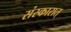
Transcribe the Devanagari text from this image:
संस्कारात्‌